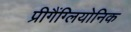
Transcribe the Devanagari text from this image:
प्रीगैंग्लियोनिक